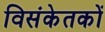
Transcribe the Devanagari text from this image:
विसंकेतकों